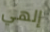
إلهي